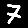
Digit: 7